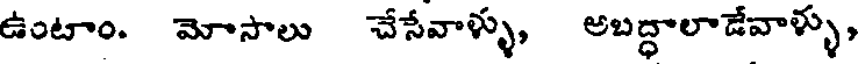
ఉంటాం. మోసాలు చేసేవాళ్ళు, అబద్ధాలాడేవాళ్ళు,